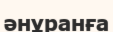
әнұранға